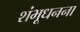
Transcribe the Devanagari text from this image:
शंभूधनना